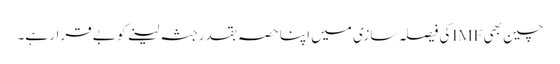
چین بھی IMFکی فیصلہ سازی میں اپنا حصہ بقدرجثہ لینے کو بے قرار ہے۔